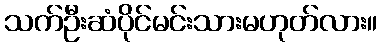
သက်ဦးဆံပိုင်မင်းသားမဟုတ်လား။